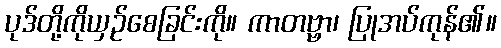
ပုဒ်တို့ကိုယှဉ်စေခြင်းကို။ ကာတဗ္ဗာ၊ ပြုအပ်ကုန်၏။